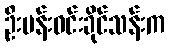
ဦးမန်းဝင်းခိုင်သန်းက